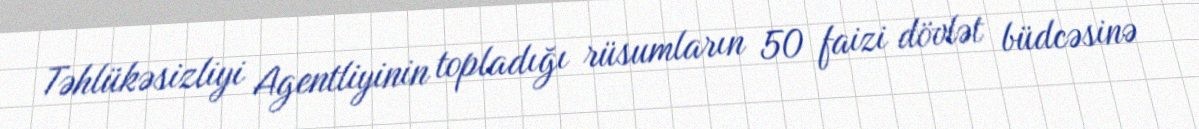
Təhlükəsizliyi Agentliyinin topladığı rüsumların 50 faizi dövlət büdcəsinə